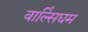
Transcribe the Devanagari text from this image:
वाल्सिंघम